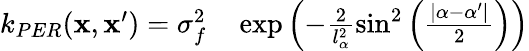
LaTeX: \begin{array}{rl}{k_{PER}(\mathbf{x},\mathbf{x}^{\prime})=\sigma_{f}^{2}}&{{}\exp\left(-\frac{2}{l_{\alpha}^{2}}\sin^{2}\left(\frac{\left|\alpha-\alpha^{\prime}\right|}{2}\right)\right)}\end{array}